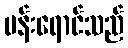
ပန်းရောင်သည်